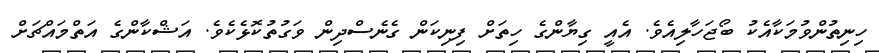
ހިނިތުންވުމަކާއެކު ބޯޖަހާލިއެވެ. އެއީ ގިޔާންގެ ހިތަށް ފިނިކަން ގެނެސްދިން ވަގުތުކޮޅެކެވެ. އަޝްކާންގެ އަތްމައްޗަށް